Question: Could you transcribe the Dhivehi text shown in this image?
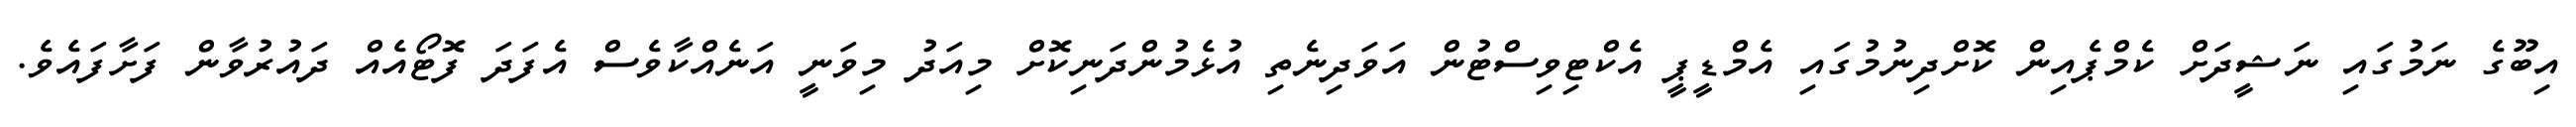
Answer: އިބޫގެ ނަމުގައި ނަޝީދަށް ކެމްޕެއިން ކޮށްދިނުމުގައި އެމްޑީޕީ އެކްޓިވިސްޓުން އަވަދިނެތި އުޅެމުންދަނިކޮށް މިއަދު މިވަނީ އަނެއްކާވެސް އެފަދަ ފޮޓޯއެއް ދައުރުވާން ފަށާފައެވެ.